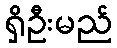
ရှိဦးမည်